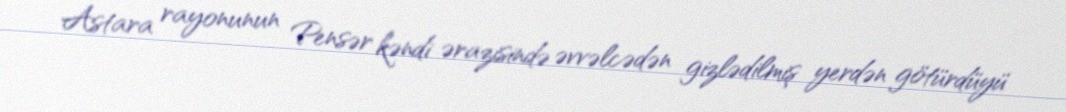
Astara rayonunun Pensər kəndi ərazisində əvvəlcədən gizlədilmiş yerdən götürdüyü